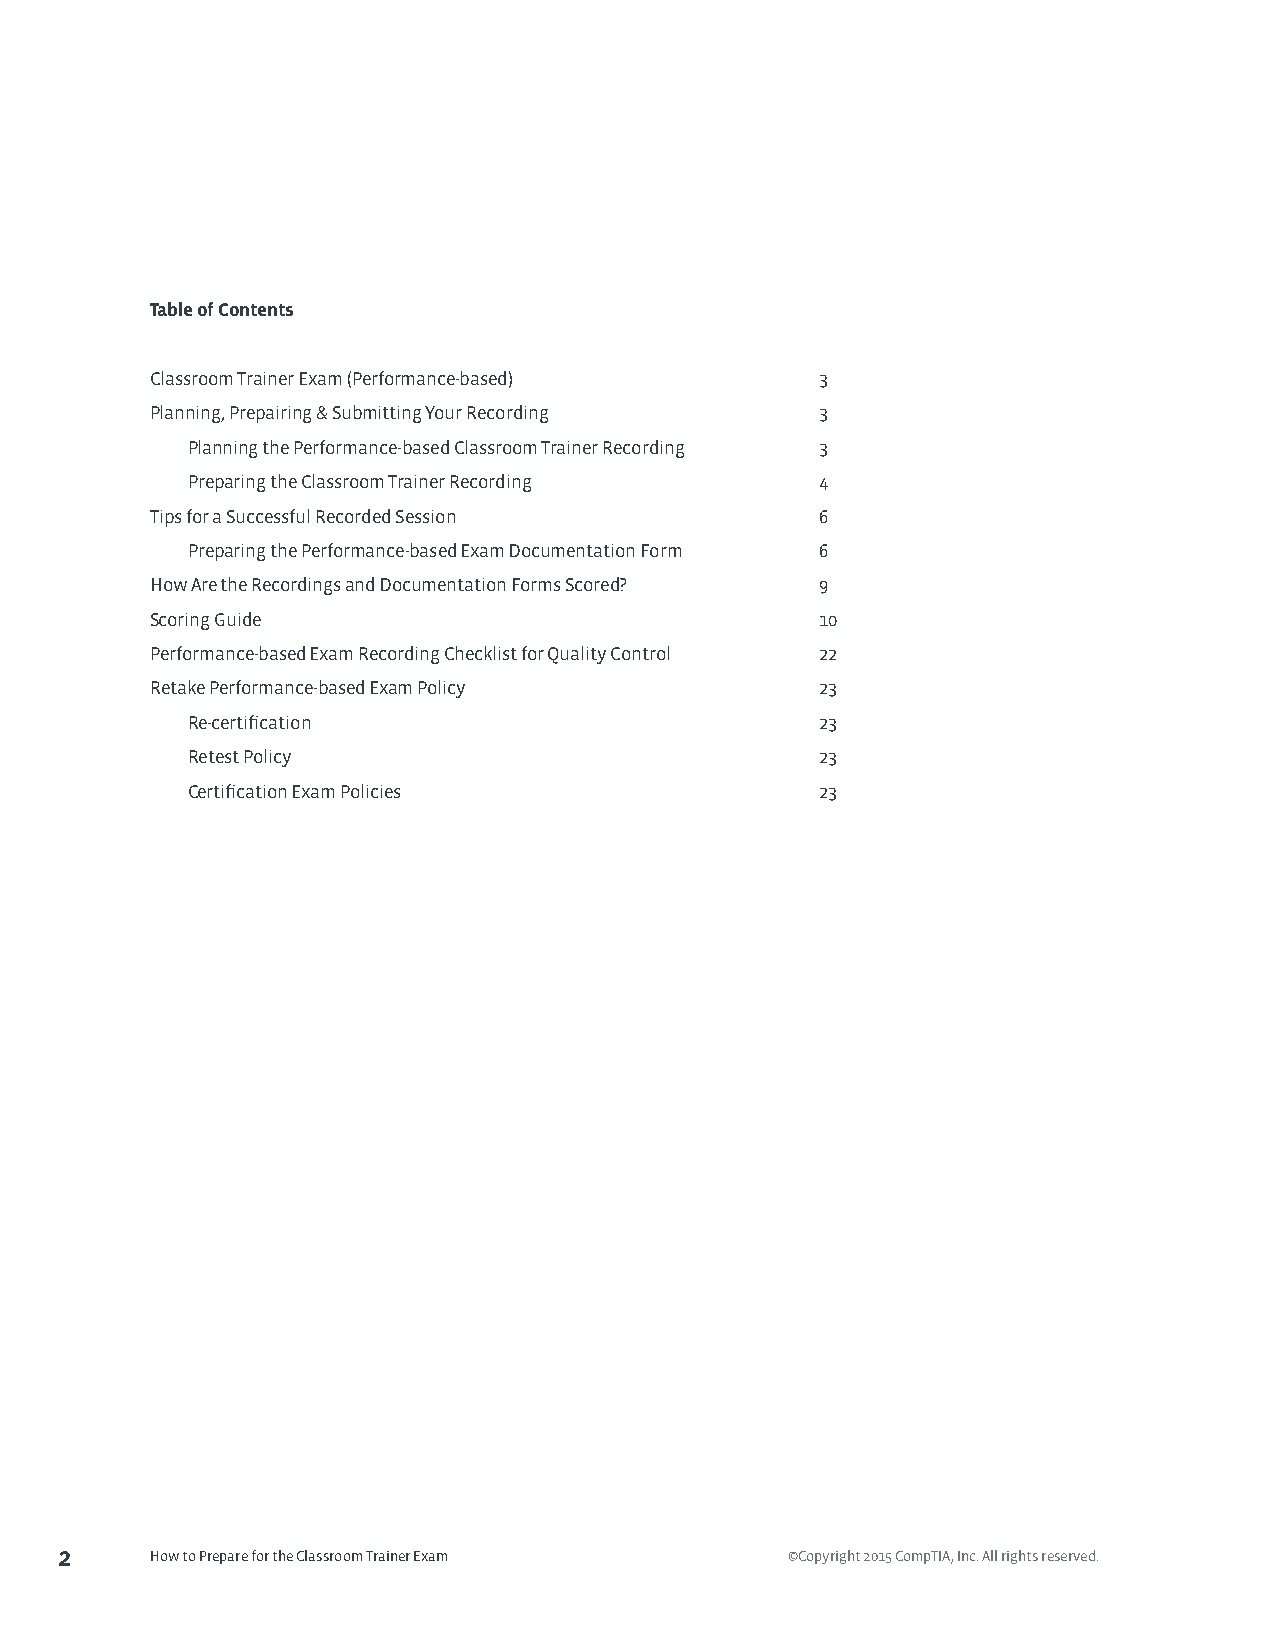
Table of Contents
 Classroom Trainer Exam (Performance-based)  3
 Planning, Prepairing & Submitting Your Recording 3
 Planning the Performance-based Classroom Trainer Recording 3
 Preparing the Classroom Trainer Recording 4
 Tips for a Successful Recorded Session      6
 Preparing the Performance-based Exam Documentation Form 6
 How Are the Recordings and Documentation Forms Scored? 9
 Scoring Guide                               10
 Performance-based Exam Recording Checklist for Quality Control 22
 Retake Performance-based Exam Policy        23
 Re-certification                          23
 Retest Policy                             23
 Certification Exam Policies               23
 2     How to Prepare for the Classroom Trainer Exam ©Copyright 2015 CompTIA, Inc. All rights reserved.